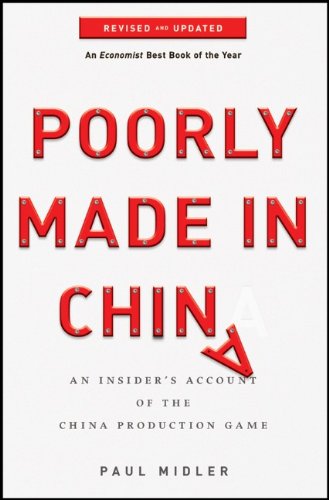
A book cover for Poorly Made in China: An Insider's Account of the China Production Game; Paul Midler; Business & Money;